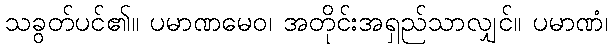
သခွတ်ပင်၏။ ပမာဏမေဝ၊ အတိုင်းအရှည်သာလျှင်။ ပမာဏံ၊